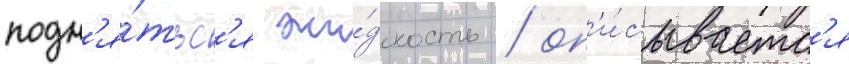
подн'я́тьс'я жи́дкость / оп'и́сываетс'я